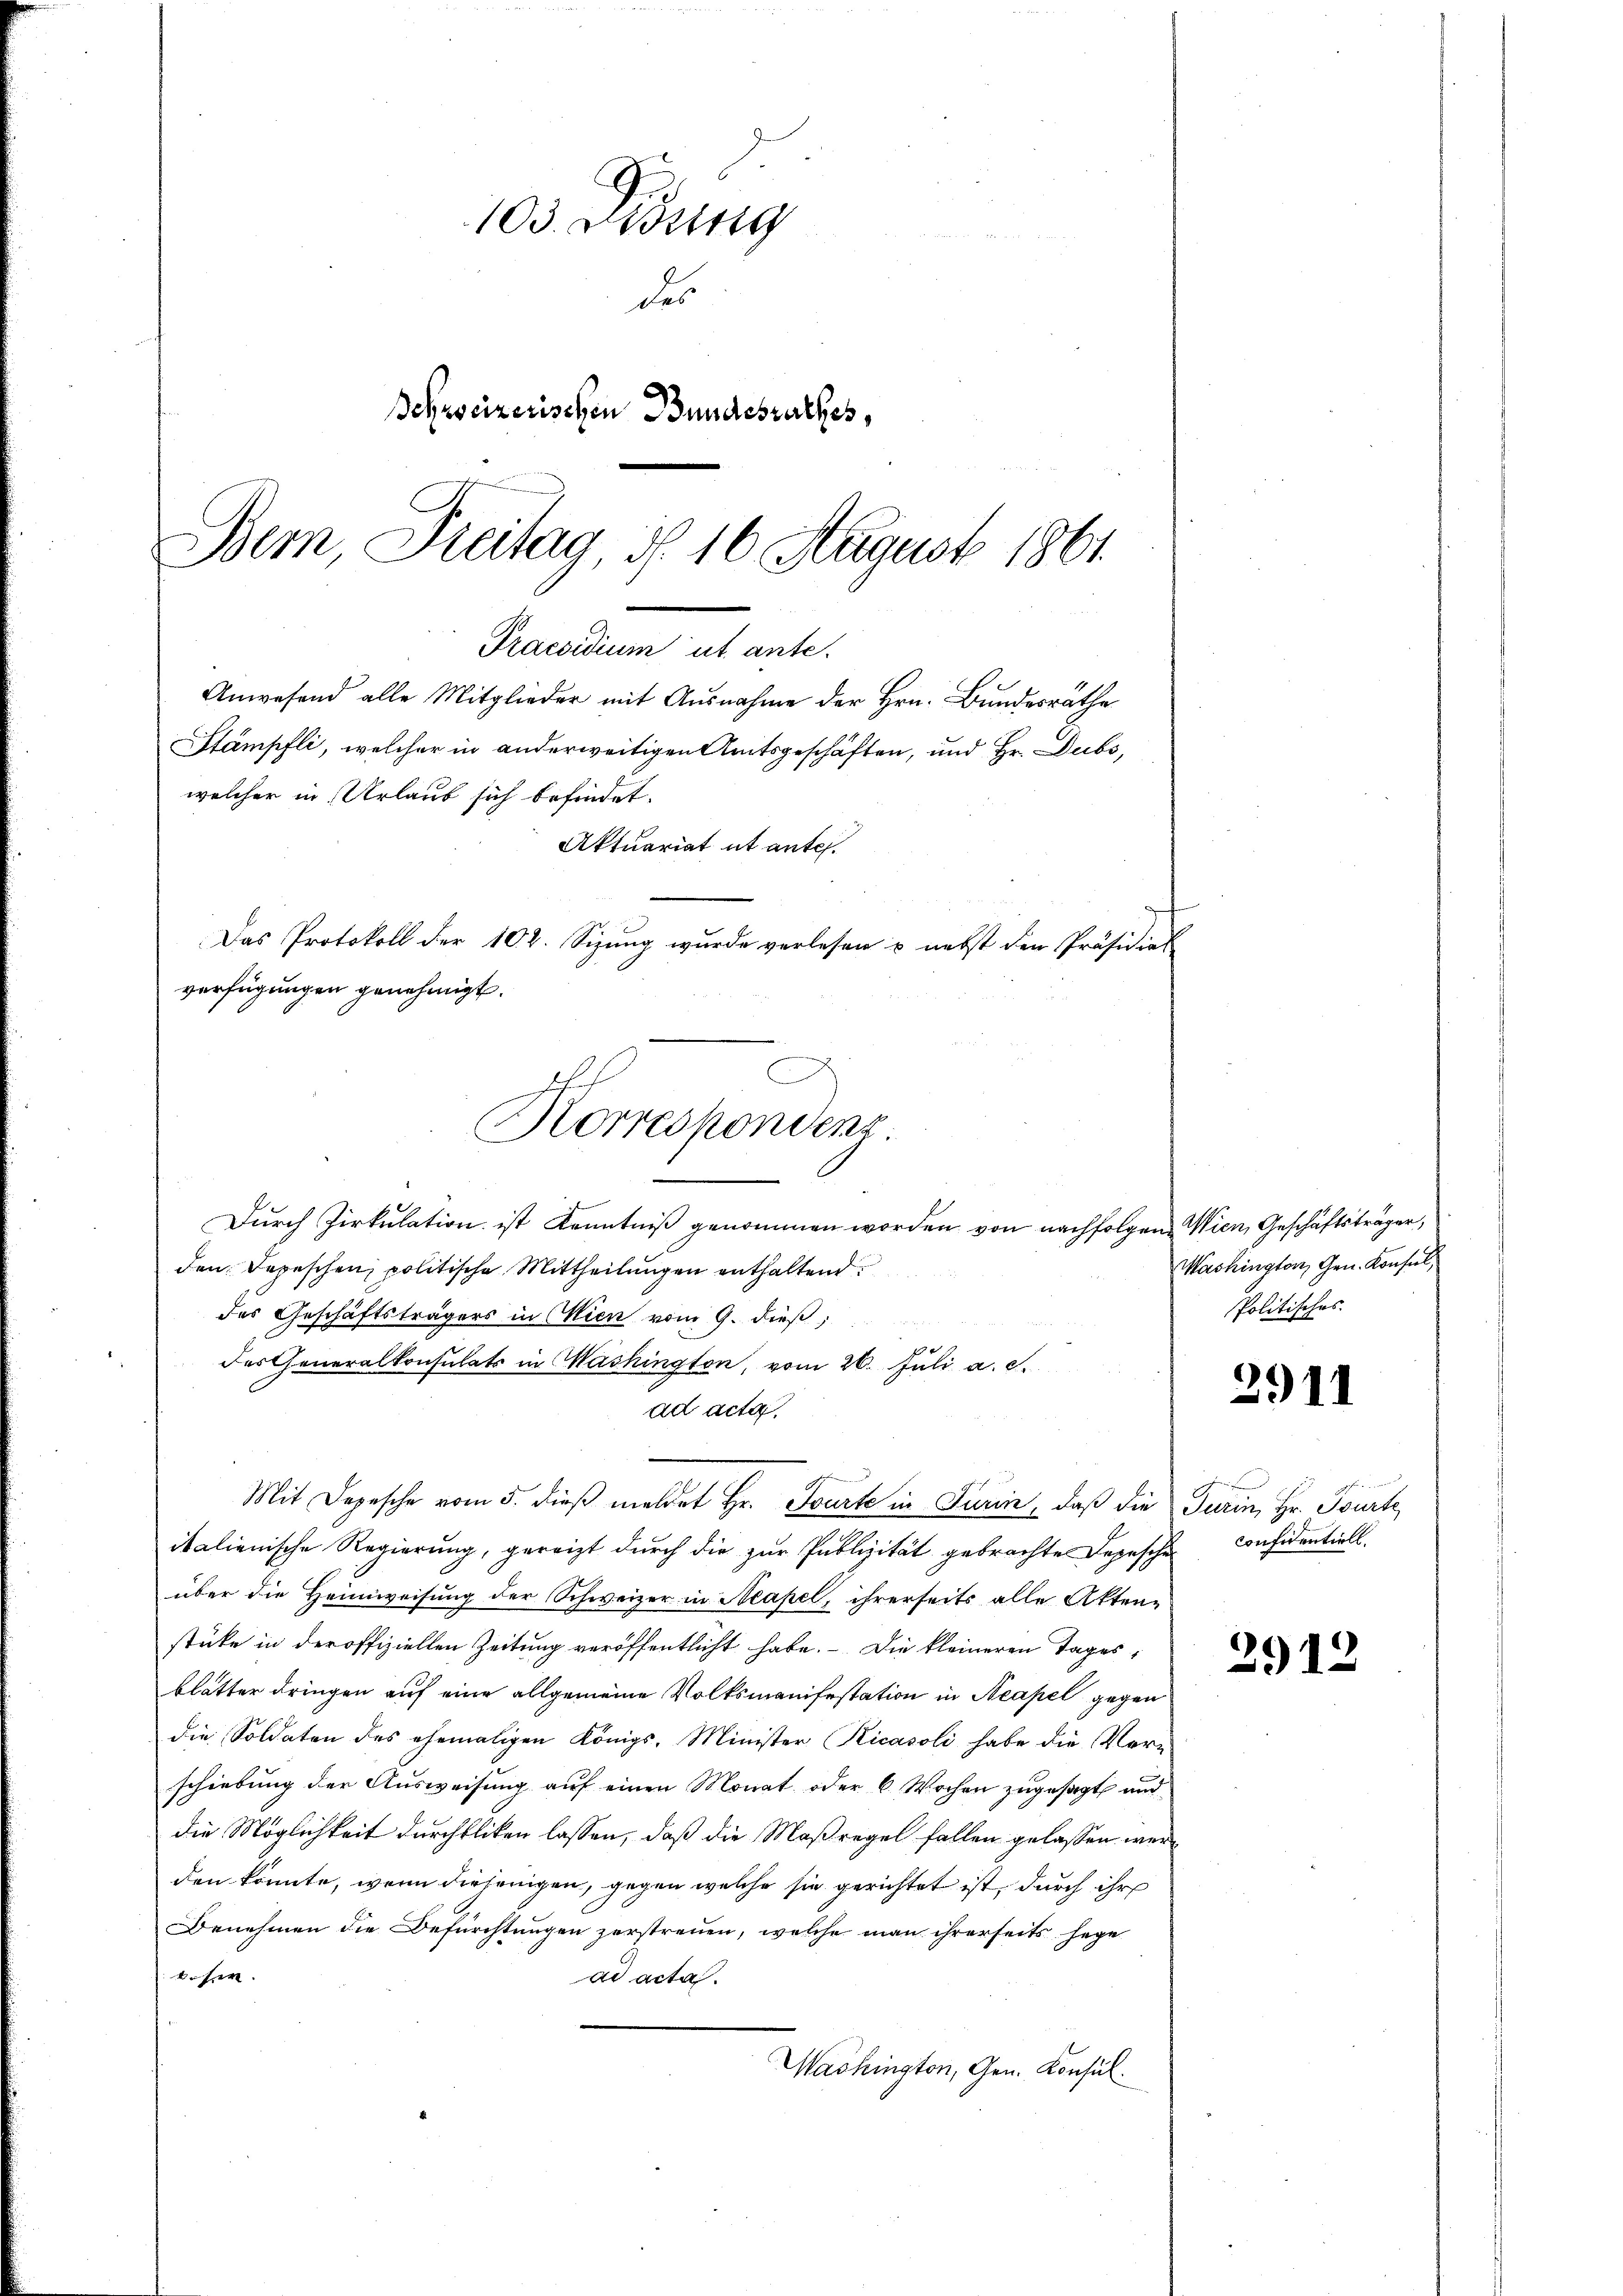
2
103. Didung
des
Schweizerischen Bundesrathes,
Bem, Freitag, d. 16. August 1861

verfügungen genehmigt.
schich
Horrespondenz.

Praesidium ut ante.
Anwesend alle Mitglieder mit Ausnahme der Hrn. Bundesräthe
Stämpfli, welcher in anderweitigen Amtsgeschäften, und Hr. Dubs,

welcher in Urlaub sich befindet.

Aktuariat it ante.

Das Protokoll der 102. Sizung wurde verlesen u. nebst den Präsidiet

Dŭrch Zirkŭlation ist Kenntniβ genommen worden von nachfolgen Wien, Geschäftsträger,
den Depeschen, politische Mittheilungen enthaltend
des Geschäftsträgers in Wien vom 9. dieß,
des Generalkonsulats in Washington, vom 26. Juli a. c.
ad acta.
Mit Depesche vom 5. dieβ meldet Hr. Fourte in Turin, daβ die Turin, Hr. Tourte
italienische Regierung, gereizt durch die zur Publizität gebrachte Depeschen Considentiell
über die Heimweisung der Schweizer in Neapel, ihrerseits alle Akten-
stüke in der offiziellen Zeitung veröffentlicht habe. Die kleineren Tages,
blätter dringen auf eine allgemeine Volksmanifestation in Neapel gegen
die Soldaten des ehemaligen Königs, Minister Ricasoli habe die Vern
schiebung der Ausweisung auf einen Monat oder 6 Wochen zugesagt und
die Möglichkeit durchfliken lassen, daß die Maßregel fallen gelassen werden könnte, wenn diejenigen, gegen welche sie gerichtet ist, durch ihr
Benehmen die Befürchtungen zerstreuen, welche man ihrerseits hege
beher.
ad acta.
Mashington, Gen. Konsul

Washington, Hrn. Konsul,
Politisches.

2911

2912